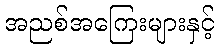
အညစ်အကြေးများနှင့်